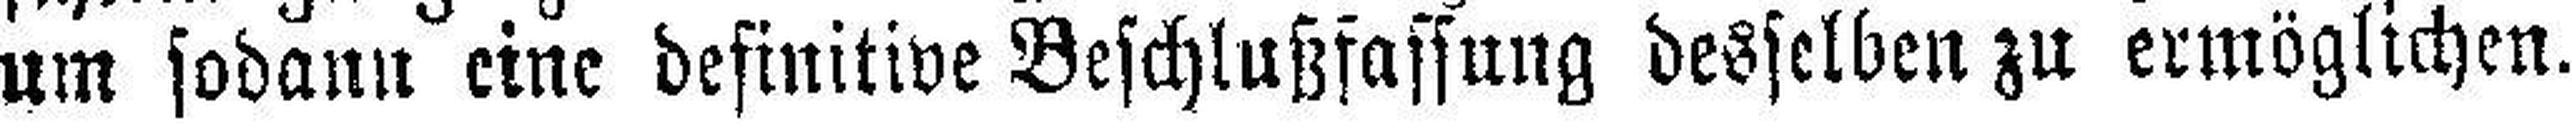
um sodann eine definitive Beschlußfassung desselben zu ermöglichen.